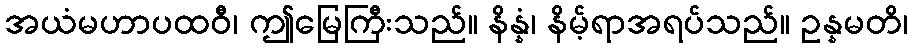
အယံမဟာပထဝီ၊ ဤမြေကြီးသည်။ နိန္နံ၊ နိမ့်ရာအရပ်သည်။ ဥန္နမတိ၊